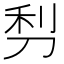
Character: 𠜣